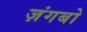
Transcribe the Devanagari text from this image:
ज़ंगबो